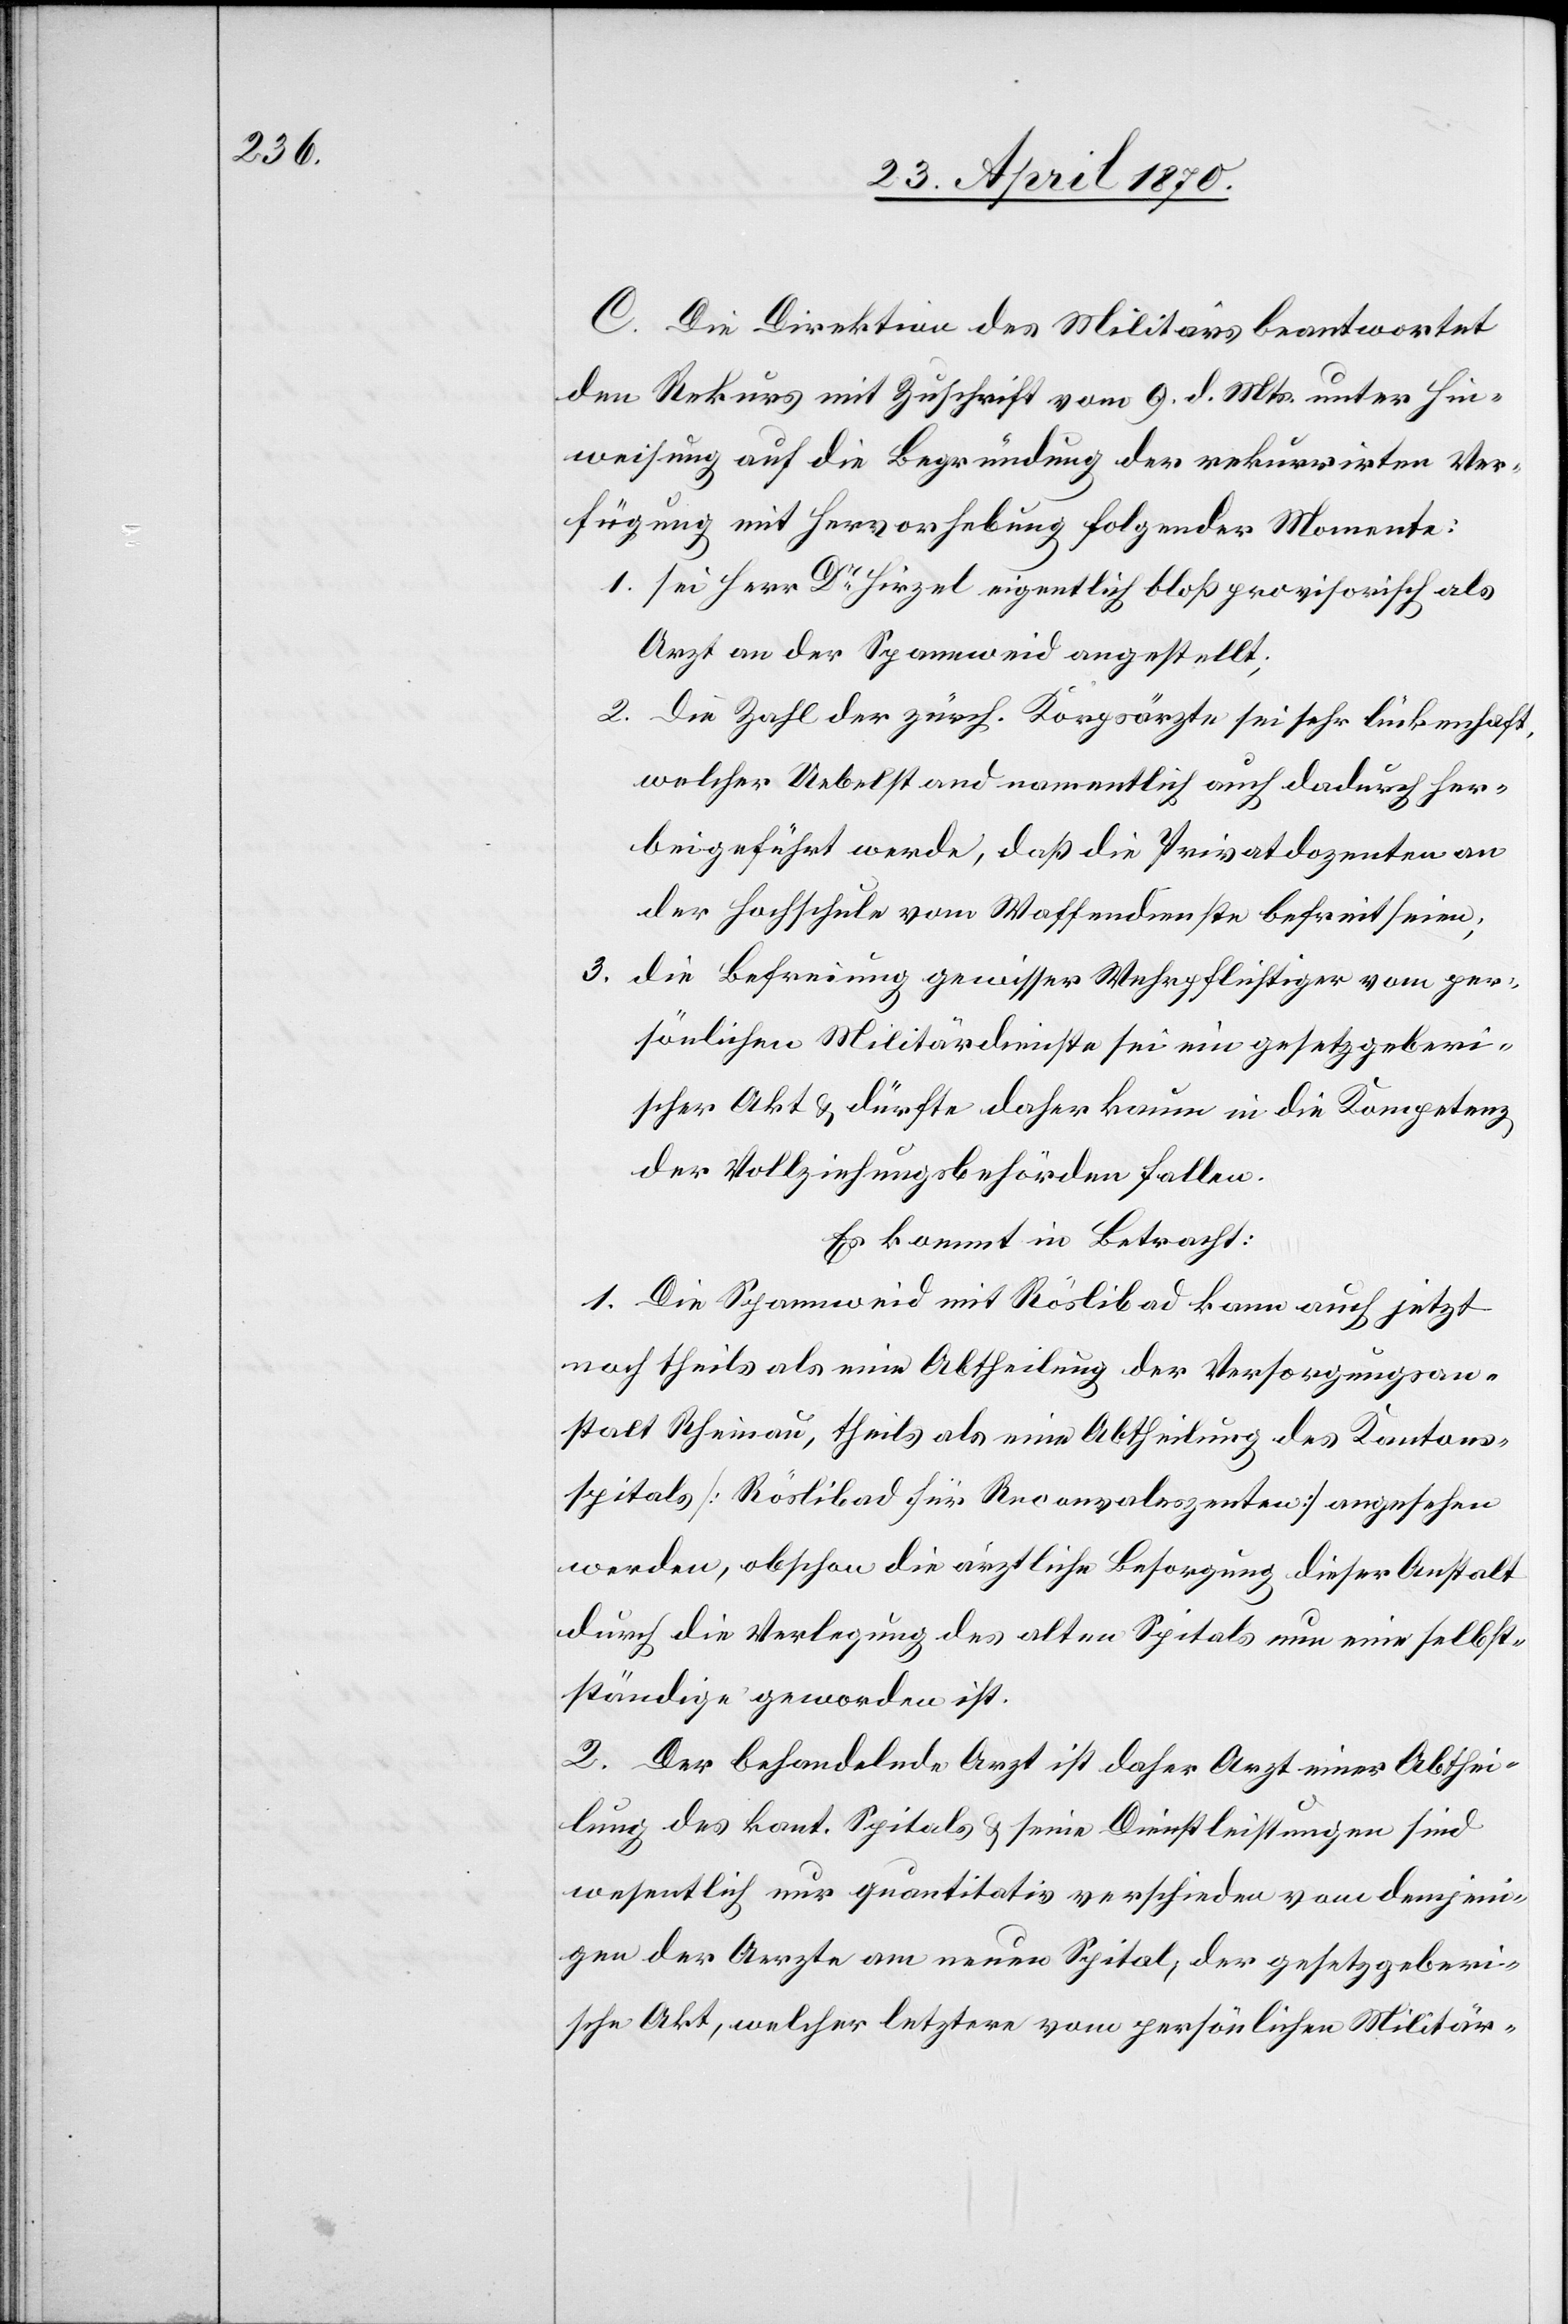
C. Die Direktion des Militärs beantwortet
den Rekurs mit Zuschrift vom 9. d. Mts. unter Hin¬
weisung auf die Begründung der rekurrirten Ver¬
fügung mit Hervorhebung folgender Momente:
1. sei Herr Dr Hirzel eigentlich bloß provisorisch als
Arzt an der Spannweid angestellt;
2. Die Zahl der zürch. Korpsärzte sei sehr lückenhaft,
welcher Uebelstand namentlich auch dadurch her¬
beigeführt werde, daß die Privatdozenten an
der Hochschule vom Waffendienste befreit seien;
3. die Befreiung gewisser Wehrpflichtigen vom per¬
sönlichen Militärdienste sei ein gesetzgeberi¬
scher Akt & dürfte daher kaum in die Kompetenz
der Vollziehungsbehörden fallen.
Es kommt in Betracht:
1. Die Spannweid mit Röslibad kann auch jetzt
noch theils als eine Abtheilung der Versorgungsan¬
stalt Rheinau, theils als eine Abtheilung des Kantons¬
spitals [Röslibad für Reconvaleszenten] angesehen
werden, obschon die ärztliche Besorgung dieser Anstalt
durch die Verlegung des alten Spitals nun eine selbst¬
ständige geworden ist.
2. Der behandelnde Arzt ist daher Arzt einer Abthei¬
lung des kant. Spitals & seine Dienstleistungen sind
wesentlich nur quantitativ verschieden vom [sic!] demjeni¬
gen der Aerzte am neuen Spital, der gesetzgeberi¬
sche Akt, welcher letztere vom persönlichen Militär-